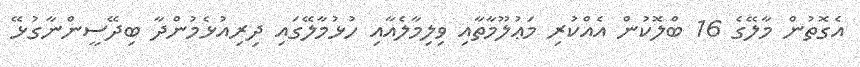
އެގޮތުން މާލޭގެ 16 ބްލޮކުން އެއްކުރި މަޢުލޫމާތާއި ވިލިމާލެއާއި ހުޅުމާލޭގައި ދިރިއުޅެމުންދާ ބިދޭސީންނާގުޅޭ